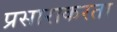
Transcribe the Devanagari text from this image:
प्रसाराकरता